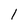
Character: l